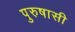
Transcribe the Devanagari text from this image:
पुरुषासी